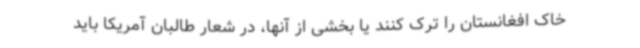
خاک افغانستان را ترک کنند یا بخشی از آنها، در شعار طالبان آمریکا باید